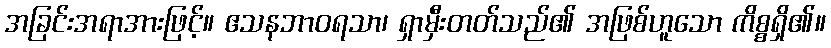
အခြင်းအရာအားဖြင့်။ ဧသနဘာဝရသာ၊ ရှာမှီးတတ်သည်၏ အဖြစ်ဟူသော ကိစ္စရှိ၏။